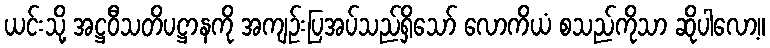
ယင်းသို့ အဋ္ဌဝီသတိပဋ္ဌာနကို အကျဉ်းပြအပ်သည်ရှိသော် လောကိယံ စသည်ကိုသာ ဆိုပါလော့။